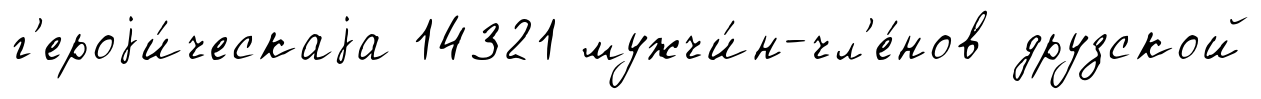
г'ероjи́ческаjа 14321 мужчи́н-чл'е́нов друзской